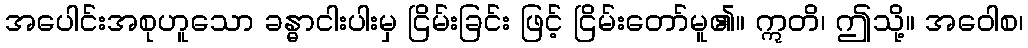
အပေါင်းအစုဟူသော ခန္ဓာငါးပါးမှ ငြိမ်းခြင်း ဖြင့် ငြိမ်းတော်မူ၏။ ဣတိ၊ ဤသို့။ အဝေါစ၊